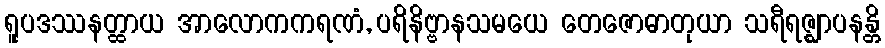
ရူပဒဿနတ္ထာယ အာလောကကရဏံ, ပရိနိဗ္ဗာနသမယေ တေဇောဓာတုယာ သရီရဇ္ဈာပနန္တိ